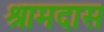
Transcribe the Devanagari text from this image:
श्रामदास